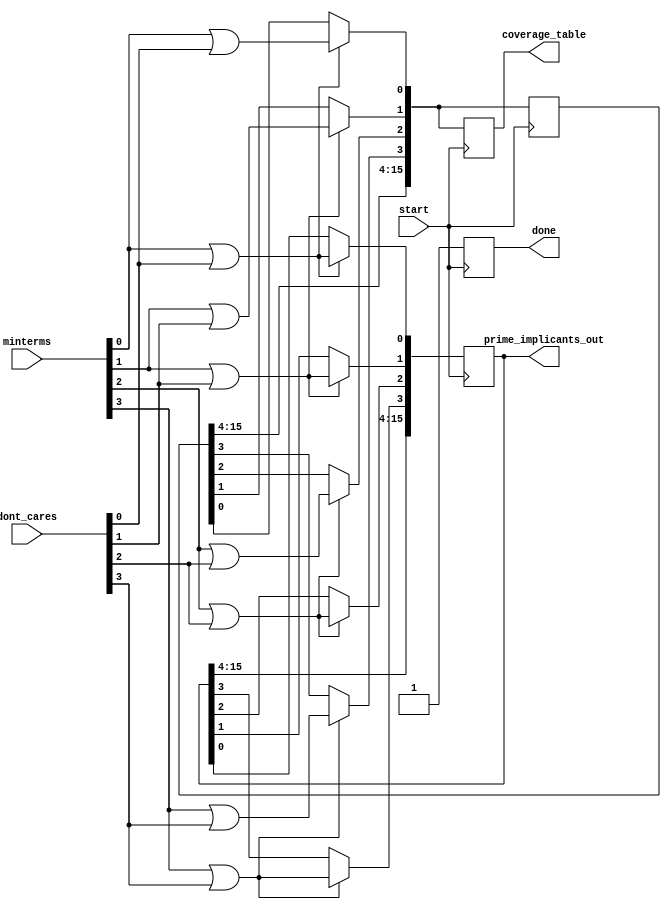
module prime_implicants(
    input wire [3:0] minterms,        // 4-bit input for minterm list
    input wire [3:0] dont_cares,      // 4-bit input for don't care conditions
    input wire start,
    output reg [15:0] prime_implicants_out, // Output prime implicants
    output reg [15:0] coverage_table,        // Output coverage table
    output reg done
);

// Internal signals
reg [15:0] implicants [15:0]; // Storage for generated implicants
reg [3:0] i, j; // Loop indices
reg [15:0] covered; // Coverage tracker
reg processing;

// Minterm Identification
always @(posedge start) begin
    done <= 0;
    processing <= 1;
    // Initialize implicants from minterms and don't cares
    for (i = 0; i < 16; i = i + 1) begin
        implicants[i] = (minterms[i] | dont_cares[i]);
    end
    
    // Implicant Generation would occur here
    // This would utilize a combination of minterms to generate implicants
    // Simplifying the logic here for illustrative purposes
    
    // For each minterm, mark it as covered by its corresponding prime implicant
    for (i = 0; i < 16; i = i + 1) begin
        if (implicants[i]) begin
            prime_implicants_out[i] = implicants[i];
            // Check which minterms are covered
            covered[i] = (minterms[i] || dont_cares[i]);
        end
    end
    
    // Coverage Analysis
    coverage_table <= covered;
    processing <= 0;
    done <= 1;
end

endmodule